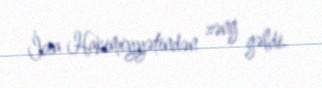
İcra Hakimiyyətindən zəng gəldi.